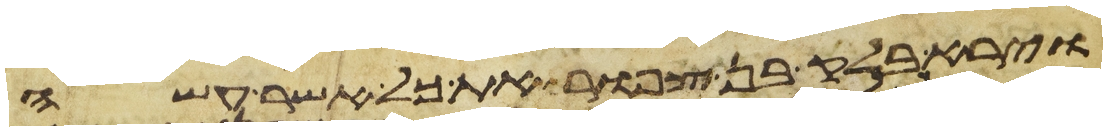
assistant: וירא בלק בן צפור את כל אשר עשה